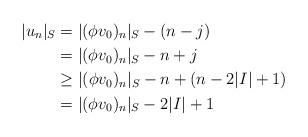
LaTeX: \begin{align*} \lvert u_n\rvert_S &=\lvert(\phi v_0)_n\rvert_S-(n-j)\\&=\lvert(\phi v_0)_n\rvert_S-n+j\\&\geq \lvert(\phi v_0)_n\rvert_S-n+(n-2\lvert I\rvert+1)\\&=\lvert(\phi v_0)_n\rvert_S-2\lvert I\rvert+1 \end{align*}